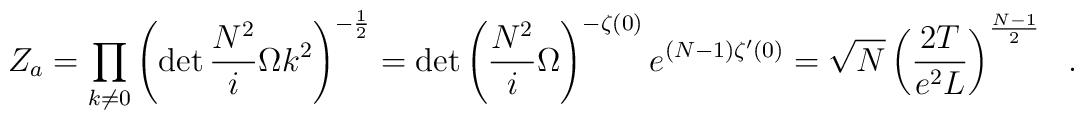
Z_a=\prod_{k\neq 0}\left(\det \frac{N^2}{i}\Omega k^2\right)^{-\frac{1}{2}}=\det\left( \frac{N^2}{i}\Omega\right)^{-\zeta(0)}e^{(N-1)\zeta'(0)}=\sqrt{N}\left(\frac{2T}{e^2 L}\right)^{\frac{N-1}{2}}\ \ .